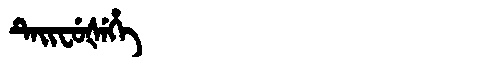
Manchu: ᡨᡝᡳᠸᡠᡧᡝᡥᡝ
Romanization: TEIFUŠEHE